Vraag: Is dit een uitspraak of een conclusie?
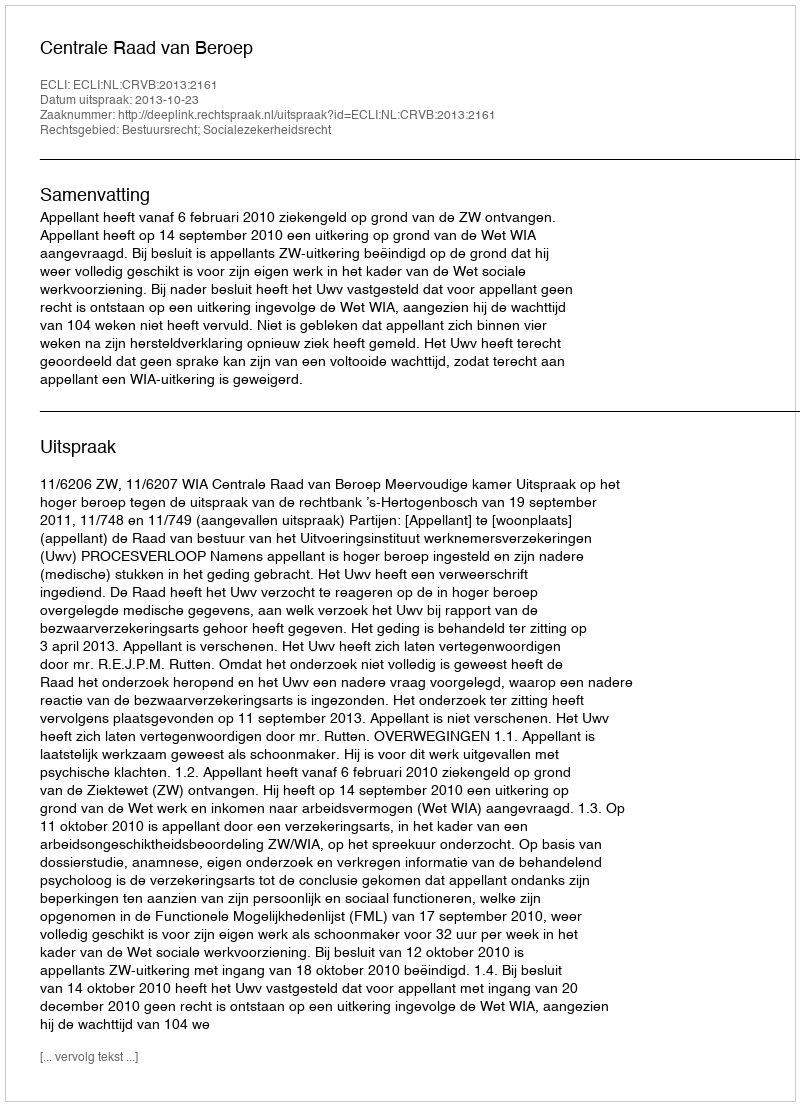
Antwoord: Uitspraak